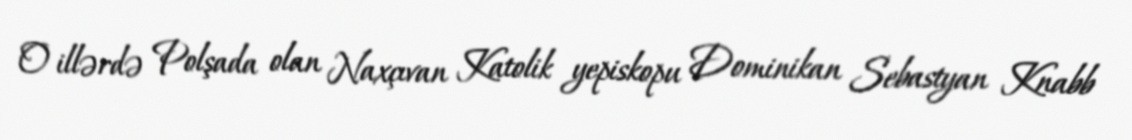
O illərdə Polşada olan Naxçıvan Katolik yepiskopu Dominikan Sebastyan Knabb